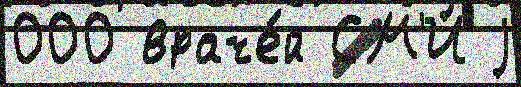
000 враче́й СМ'И j